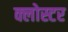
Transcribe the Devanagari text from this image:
क्लोस्टर